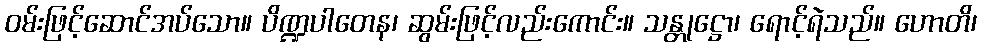
ဝမ်းဖြင့်ဆောင်အပ်သော။ ပိဏ္ဍပါတေန၊ ဆွမ်းဖြင့်လည်းကောင်း။ သန္တုဋ္ဌော၊ ရောင့်ရဲသည်။ ဟောတိ၊